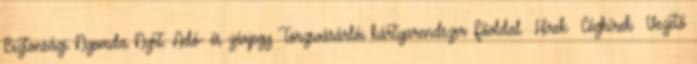
Biztonsági Nyomda Nyrt. Adó- és zárjegy Törzsvásárlói kártyarendszer Főoldal Hírek Céghírek Vezető